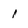
Character: 1